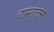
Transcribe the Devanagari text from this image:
वास्तुत्ज्न